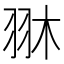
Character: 𦐔